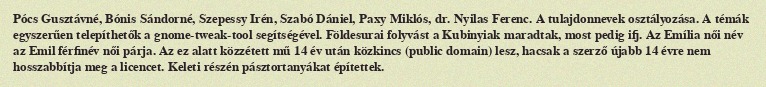
Pócs Gusztávné, Bónis Sándorné, Szepessy Irén, Szabó Dániel, Paxy Miklós, dr. Nyilas Ferenc. A tulajdonnevek osztályozása. A témák egyszerűen telepíthetők a gnome-tweak-tool segítségével. Földesurai folyvást a Kubinyiak maradtak, most pedig ifj. Az Emília női név az Emil férfinév női párja. Az ez alatt közzétett mű 14 év után közkincs (public domain) lesz, hacsak a szerző újabb 14 évre nem hosszabbítja meg a licencet. Keleti részén pásztortanyákat építettek.